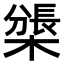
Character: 𣛊